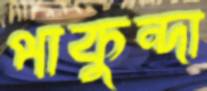
পাকুন্দা